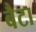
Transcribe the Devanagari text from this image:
बैटा